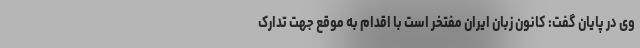
وی در پایان گفت: کانون زبان ایران مفتخر است با اقدام به موقع جهت تدارک